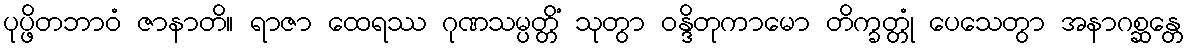
ပုပ္ဖိတဘာဝံ ဇာနာတိ။ ရာဇာ ထေရဿ ဂုဏသမ္ပတ္တိံ သုတွာ ဝန္ဒိတုကာမော တိက္ခတ္တုံ ပေသေတွာ အနာဂစ္ဆန္တေ